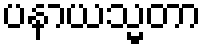
ပနာယသ္မတာ